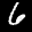
Label: 6